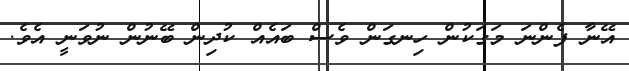
އޭނާ ފެންނަ މަގަކުން ހިނގަން ވެސް ބައެއް ކުދިން ބޭނުން ނުވަނީ އެވެ.